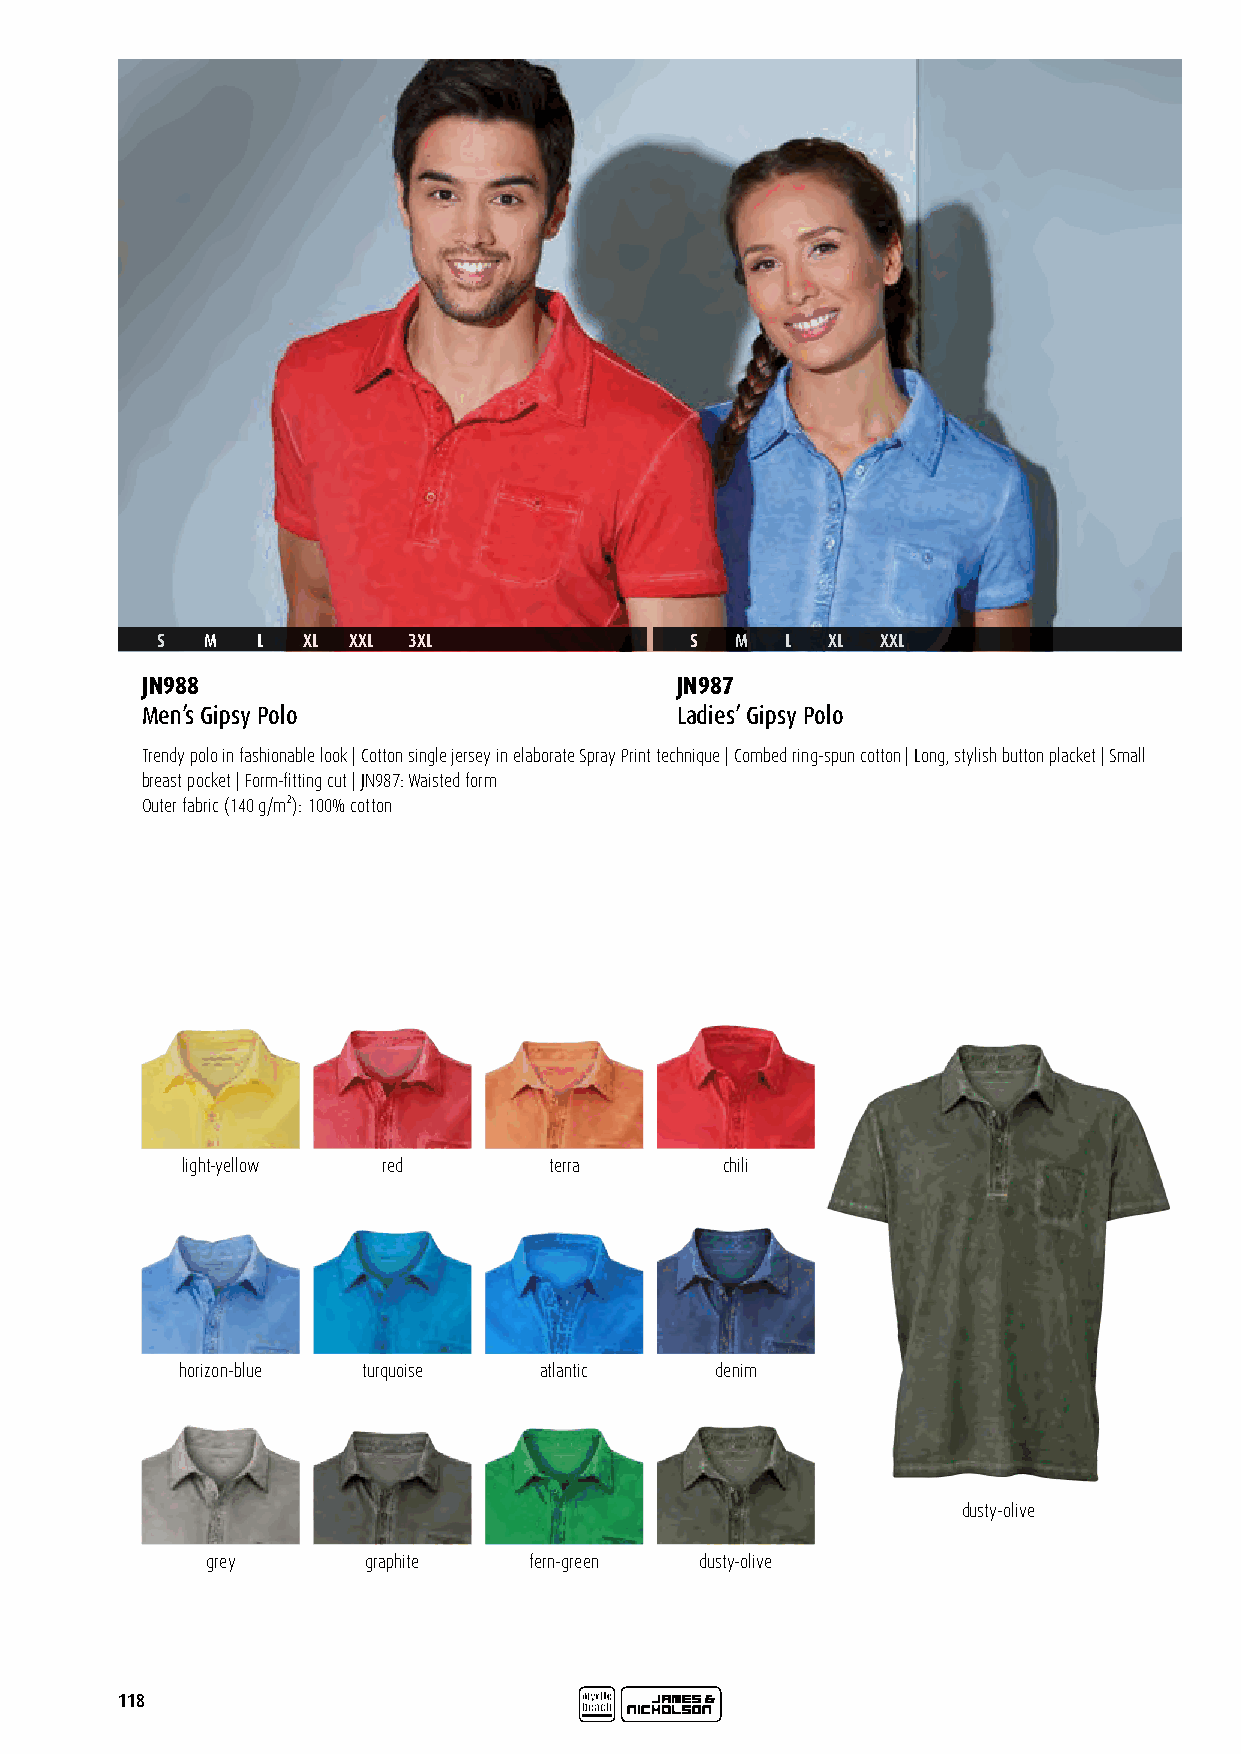
S   M  L  XL XXL 3XL                S  M  L  XL XXL
 JN988                               JN987
 Men’s Gipsy Polo                    Ladies’ Gipsy Polo
 Trendy polo in fashionable look | Cotton single jersey in elaborate Spray Print technique | Combed ring-spun cotton | Long, stylish button placket | Small
 breast pocket | Form-fitting cut | JN987: Waisted form
 Outer fabric (140 g/m²): 100% cotton
 light-yellow red        terra       chili
 horizon-blue turquoise  atlantic   denim
 dusty-olive
 grey      graphite   fern-green dusty-olive
 118